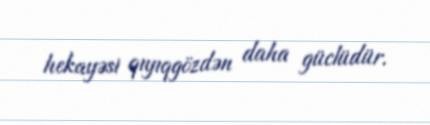
hekayəsi qıyıqgözdən daha güclüdür.